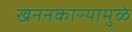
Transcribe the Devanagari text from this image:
खननकाऱ्यामुळे